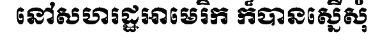
នៅសហរដ្ឋអាមេរិក ក៏បានស្នើសុំ